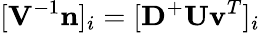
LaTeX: [\textbf{V}^{-1}\textbf{n}]_{i}=[\textbf{D}^{+}\textbf{U}\textbf{v}^{T}]_{i}